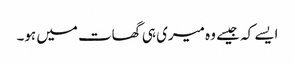
ایسے کہ جیسے وہ میری ہی گھات میں ہو۔